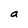
Character: a